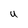
Character: U